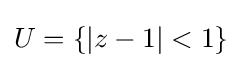
U=\{|z-1|<1\}